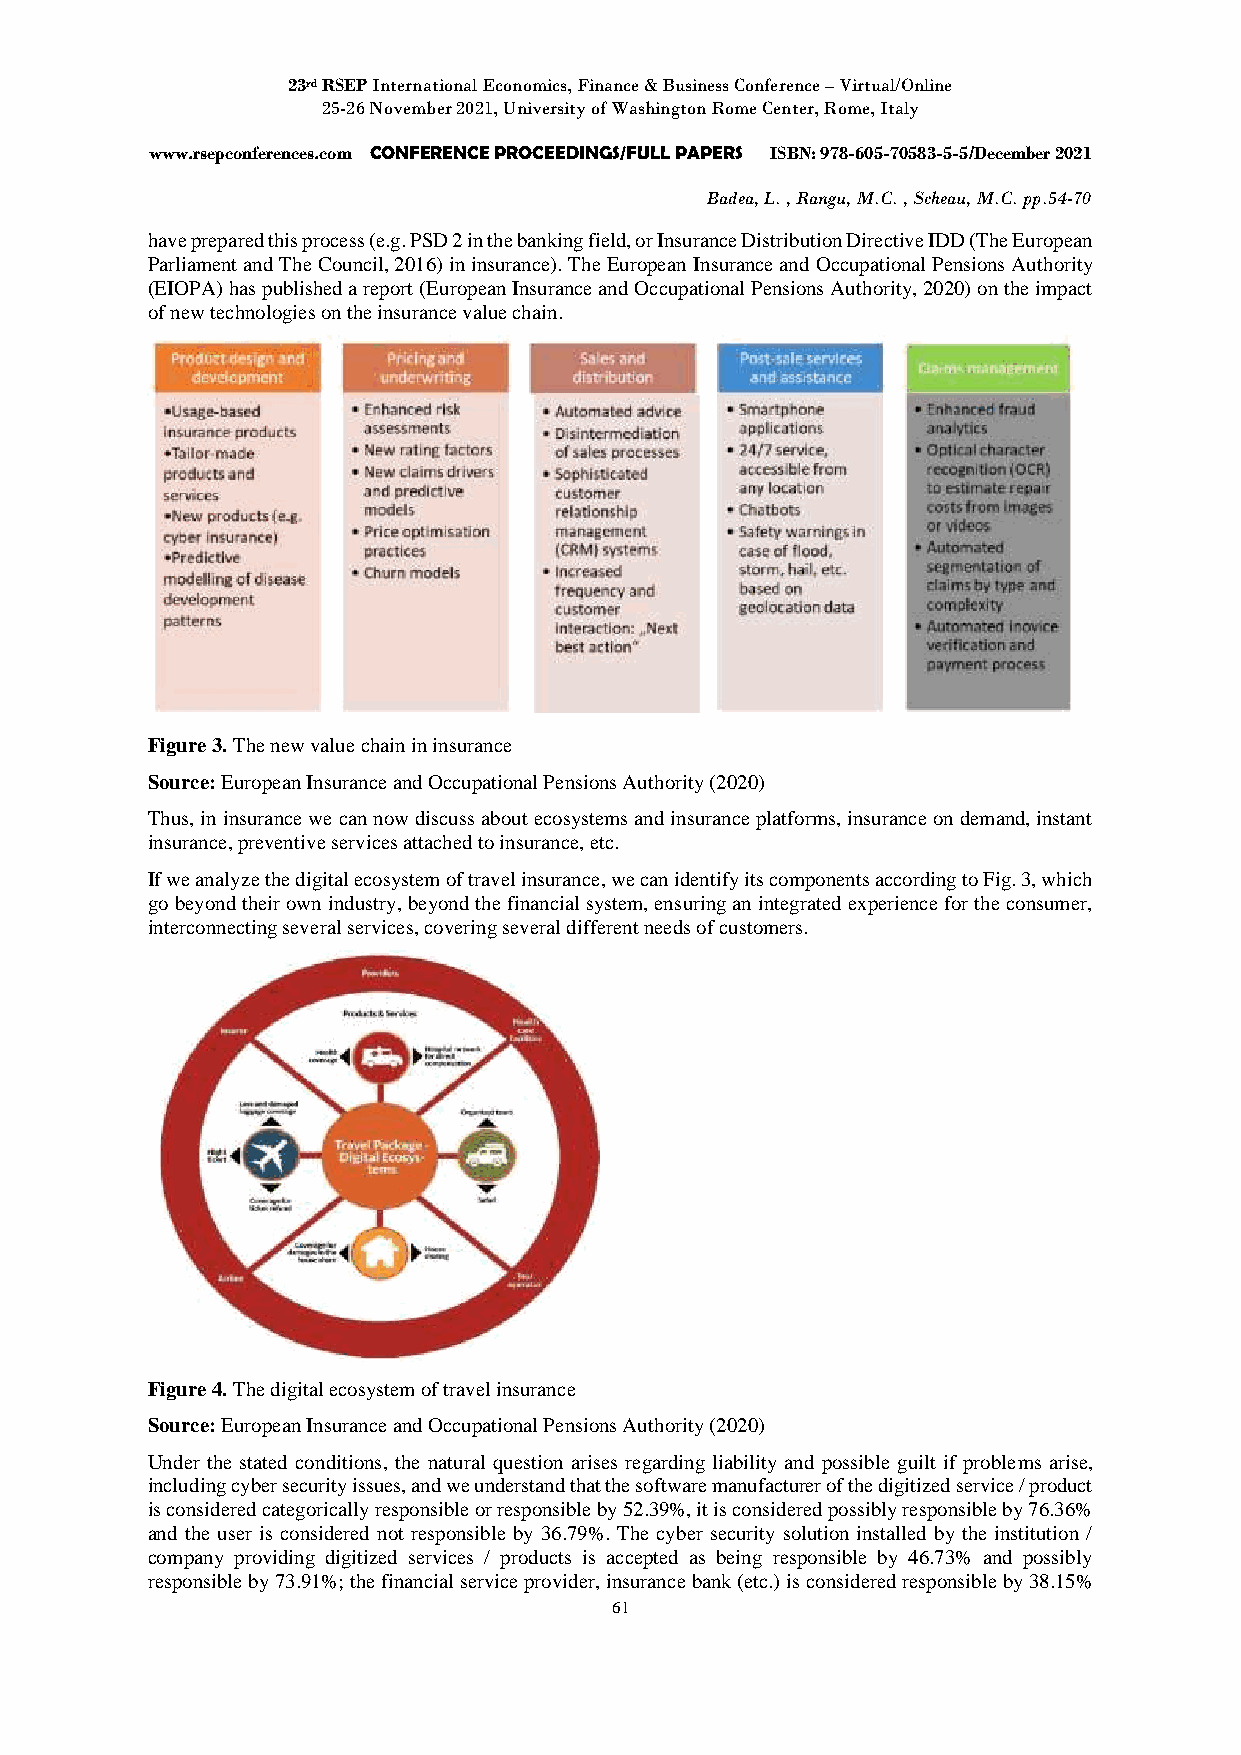
23rd RSEP International Economics, Finance & Business Conference – Virtual/Online
 25-26 November 2021, University of Washington Rome Center, Rome, Italy
 www.rsepconferences.com CONFERENCE PROCEEDINGS/FULL PAPERS ISBN: 978-605-70583-5-5/December 2021
 Badea, L. , Rangu, M.C. , Scheau, M.C. pp.54-70
 have prepared this process (e.g. PSD 2 in the banking field, or Insurance Distribution Directive IDD (The European
 Parliament and The Council, 2016) in insurance). The European Insurance and Occupational Pensions Authority
 (EIOPA) has published a report (European Insurance and Occupational Pensions Authority, 2020) on the impact
 of new technologies on the insurance value chain.
 Figure 3. The new value chain in insurance
 Source: European Insurance and Occupational Pensions Authority (2020)
 Thus, in insurance we can now discuss about ecosystems and insurance platforms, insurance on demand, instant
 insurance, preventive services attached to insurance, etc.
 If we analyze the digital ecosystem of travel insurance, we can identify its components according to Fig. 3, which
 go beyond their own industry, beyond the financial system, ensuring an integrated experience for the consumer,
 interconnecting several services, covering several different needs of customers.
 Figure 4. The digital ecosystem of travel insurance
 Source: European Insurance and Occupational Pensions Authority (2020)
 Under the stated conditions, the natural question arises regarding liability and possible guilt if problems arise,
 including cyber security issues, and we understand that the software manufacturer of the digitized service / product
 is considered categorically responsible or responsible by 52.39%, it is considered possibly responsible by 76.36%
 and the user is considered not responsible by 36.79%. The cyber security solution installed by the institution /
 company providing digitized services / products is accepted as being responsible by 46.73% and possibly
 responsible by 73.91%; the financial service provider, insurance bank (etc.) is considered responsible by 38.15%
 61